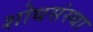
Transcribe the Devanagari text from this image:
शोधसंस्था